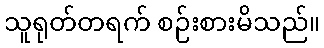
သူရုတ်တရက် စဉ်းစားမိသည်။